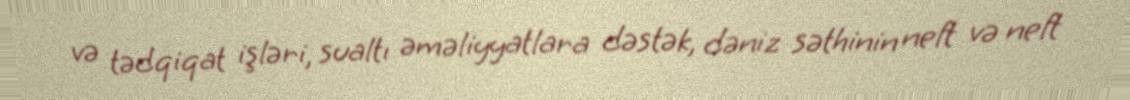
və tədqiqat işləri, sualtı əməliyyatlara dəstək, dəniz səthinin neft və neft